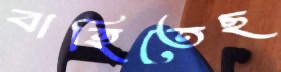
বাহিতেছ